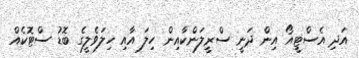
އަދި އެސްޓީއޯ އިން ދަނީ ސްރީލަންކާއިން ހިލަ އާއި ހިލަވެލީގެ ބޮޑު ސްޓޮކެއް